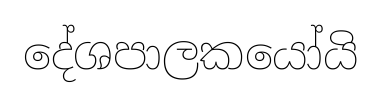
දේශපාලකයෝයි